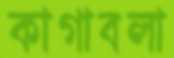
কাগাবলা